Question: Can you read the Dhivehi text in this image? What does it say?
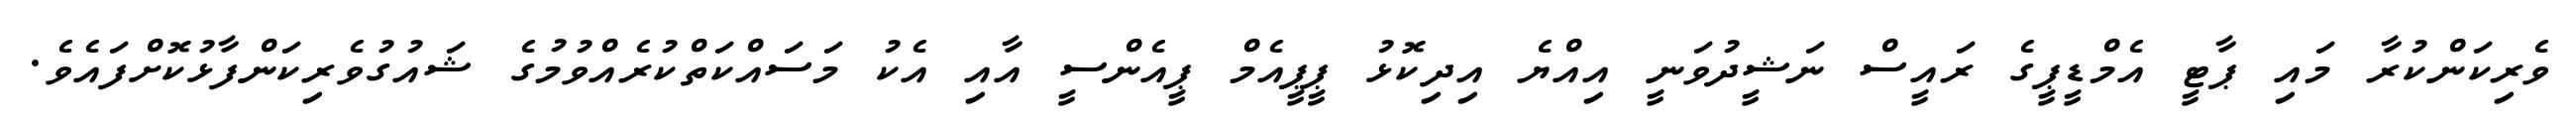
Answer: ވެރިކަންކުރާ މައި ޕާޓީ އެމްޑީޕީގެ ރައީސް ނަޝީދުވަނީ އިއްޔެ އިދިކޮޅު ޕީޕީއެމް ޕީއެންސީ އާއި އެކު މަސައްކަތްކުރެއްވުމުގެ ޝައުގުވެރިކަންފާޅުކޮށްފައެވެ.